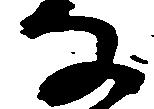
な